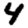
Digit: 4